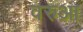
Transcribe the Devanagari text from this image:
वरुआ